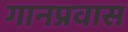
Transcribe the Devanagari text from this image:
गानप्रवास